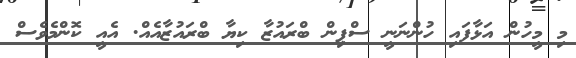
މި މީހުން އަޅާފައި ހުންނަނީ ސްޕިން ބްރައުޒާ ކިޔާ ބްރައުޒާއެއް. އެއީ ކޮންމެވެސް